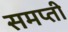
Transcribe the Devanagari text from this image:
समप्ती